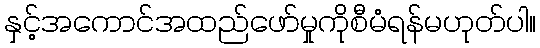
နှင့်အကောင်အထည်ဖော်မှုကိုစီမံရန်မဟုတ်ပါ။